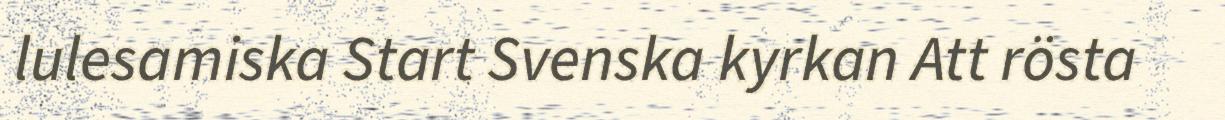
lulesamiska Start Svenska kyrkan Att rösta